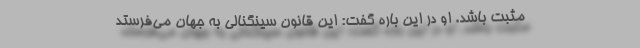
مثبت باشد. او در این باره گفت: این قانون سینگنالی به جهان می‌فرستد